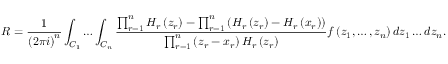
R = \frac { 1 } { \left( 2 \pi i \right) ^ { n } } \int _ { C _ { 1 } } \dots \int _ { C _ { n } } \frac { \prod _ { r = 1 } ^ { n } H _ { r } \left( z _ { r } \right) - \prod _ { r = 1 } ^ { n } \left( H _ { r } \left( z _ { r } \right) - H _ { r } \left( x _ { r } \right) \right) } { \prod _ { r = 1 } ^ { n } \left( z _ { r } - x _ { r } \right) H _ { r } \left( z _ { r } \right) } f \left( z _ { 1 } , \dots , z _ { n } \right) d z _ { 1 } \dots d z _ { n } .